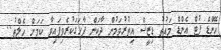
ހޭންޑް ފުޓް އެންޑް މައުތު ޑިޒީސް އިތުރުވަމުން ދާކަން ފާހަގަކުރެވިފައިވާ ކަމަށް ހެލްތު..